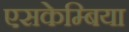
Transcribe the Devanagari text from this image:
एसकेम्बिया